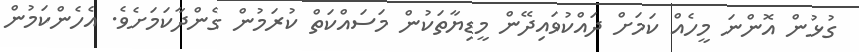
ގުޅުން އޮންނަ މީހެއް ކަމަށް ދައްކުވައިދޭން މީޑިޔާތަކުން މަސައްކަތް ކުރަމުން ގެންދާކަމަށެވެ. އެހެންކަމުން